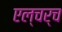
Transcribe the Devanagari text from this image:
एल्चर्च